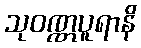
သုဝဏ္ဏပူရာနိ